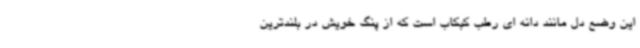
این وضع دل مانند دانه ای رطب کبکاب است که از پنگ خویش در بلندترین